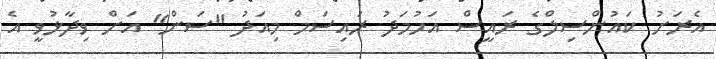
އެރަށު ކައުންސިލްގެ ރައީސް އަހުމަދު ރައިސަމް މިއަދު "ސަން" އަށް ވިދާޅުވީ އެ